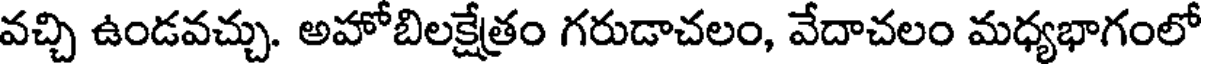
వచ్చి ఉండవచ్చు. అహోబిలక్షేత్రం గరుడాచలం, వేదాచలం మధ్యభాగంలో